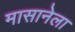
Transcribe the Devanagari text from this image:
मासानेला